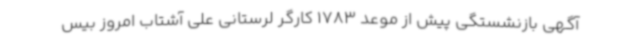
آگهی بازنشستگی پیش از موعد 1783 کارگر لرستانی علی آشتاب امروز بیس